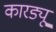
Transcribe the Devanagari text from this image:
कारड्यू